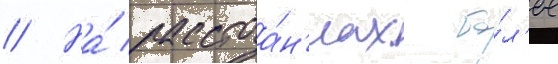
// На́ расстоа́н'иах бо́л'ее